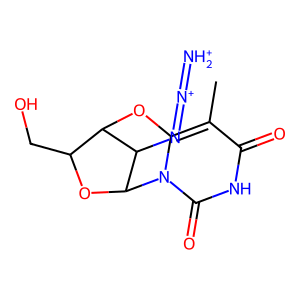
SMILES: Cc1c2n(c(=O)[nH]c1=O)C1OC(CO)C(O2)C1N=[N+]=[NH2+]
Inhibits HIV replication: No